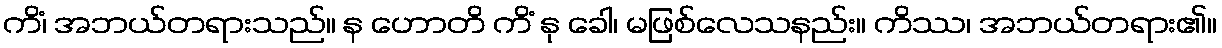
ကိံ၊ အဘယ်တရားသည်။ န ဟောတိ ကိံ နု ခေါ၊ မဖြစ်လေသနည်း။ ကိဿ၊ အဘယ်တရား၏။